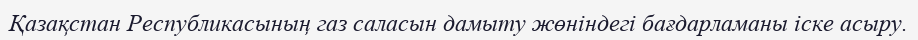
Қазақстан Республикасының газ саласын дамыту жөніндегі бағдарламаны іске асыру.